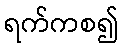
ရက်ကစ၍